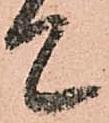
て